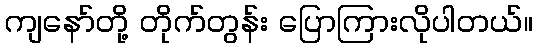
ကျနော်တို့ တိုက်တွန်း ပြောကြားလိုပါတယ်။